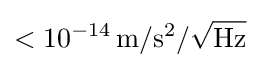
<10^{-14}\,{\rm {m/s^{2}/{\sqrt {Hz}}}}